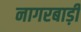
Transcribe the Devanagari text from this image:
नागरबाड़ी